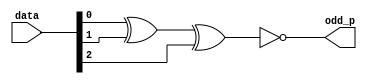
`timescale 1ns / 1ps
//////////////////////////////////////////////////////////////////////////////////
// Company: 
// Engineer: 
// 
// Design Name: 
// Module Name: odd_parity
// Project Name: 
// Target Devices: 
// Tool Versions: 
// Description: 
// 
// Dependencies: 
// 
// Revision:
// Revision 0.01 - File Created
// Additional Comments:
// 
//////////////////////////////////////////////////////////////////////////////////


module odd_parity(data,odd_p);

        input [2:0] data;
        output odd_p;
        
        assign odd_p=~(data[0]^data[1]^data[2]);
        
endmodule